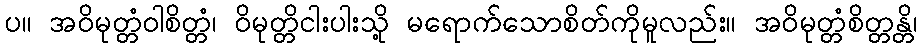
ပ။ အဝိမုတ္တံဝါစိတ္တံ၊ ဝိမုတ္တိငါးပါးသို့ မရောက်သောစိတ်ကိုမူလည်း။ အဝိမုတ္တံစိတ္တန္တိ၊